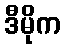
ဒီမိုက